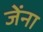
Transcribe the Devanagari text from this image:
जेंना